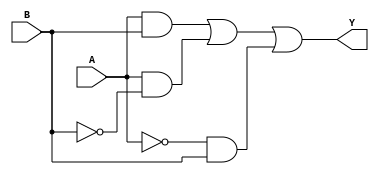
module two_variable_kmap (
    input wire A, // First input variable
    input wire B, // Second input variable
    output wire Y // Output variable
);

// K-map simplification can be represented as:
// Y = A + B
// This is a simple example; you can modify the logic based on the K-map filling.

assign Y = (A & B) | (A & ~B) | (~A & B); // Example expression from K-map

endmodule